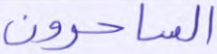
الساحرون